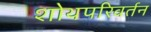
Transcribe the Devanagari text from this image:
शोथपरिवर्तन